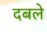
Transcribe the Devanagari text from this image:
दबले